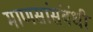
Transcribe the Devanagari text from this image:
माणसांसंबंधी